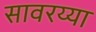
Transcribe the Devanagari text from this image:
सावरय्या